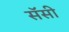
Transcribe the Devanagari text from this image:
सॅसी